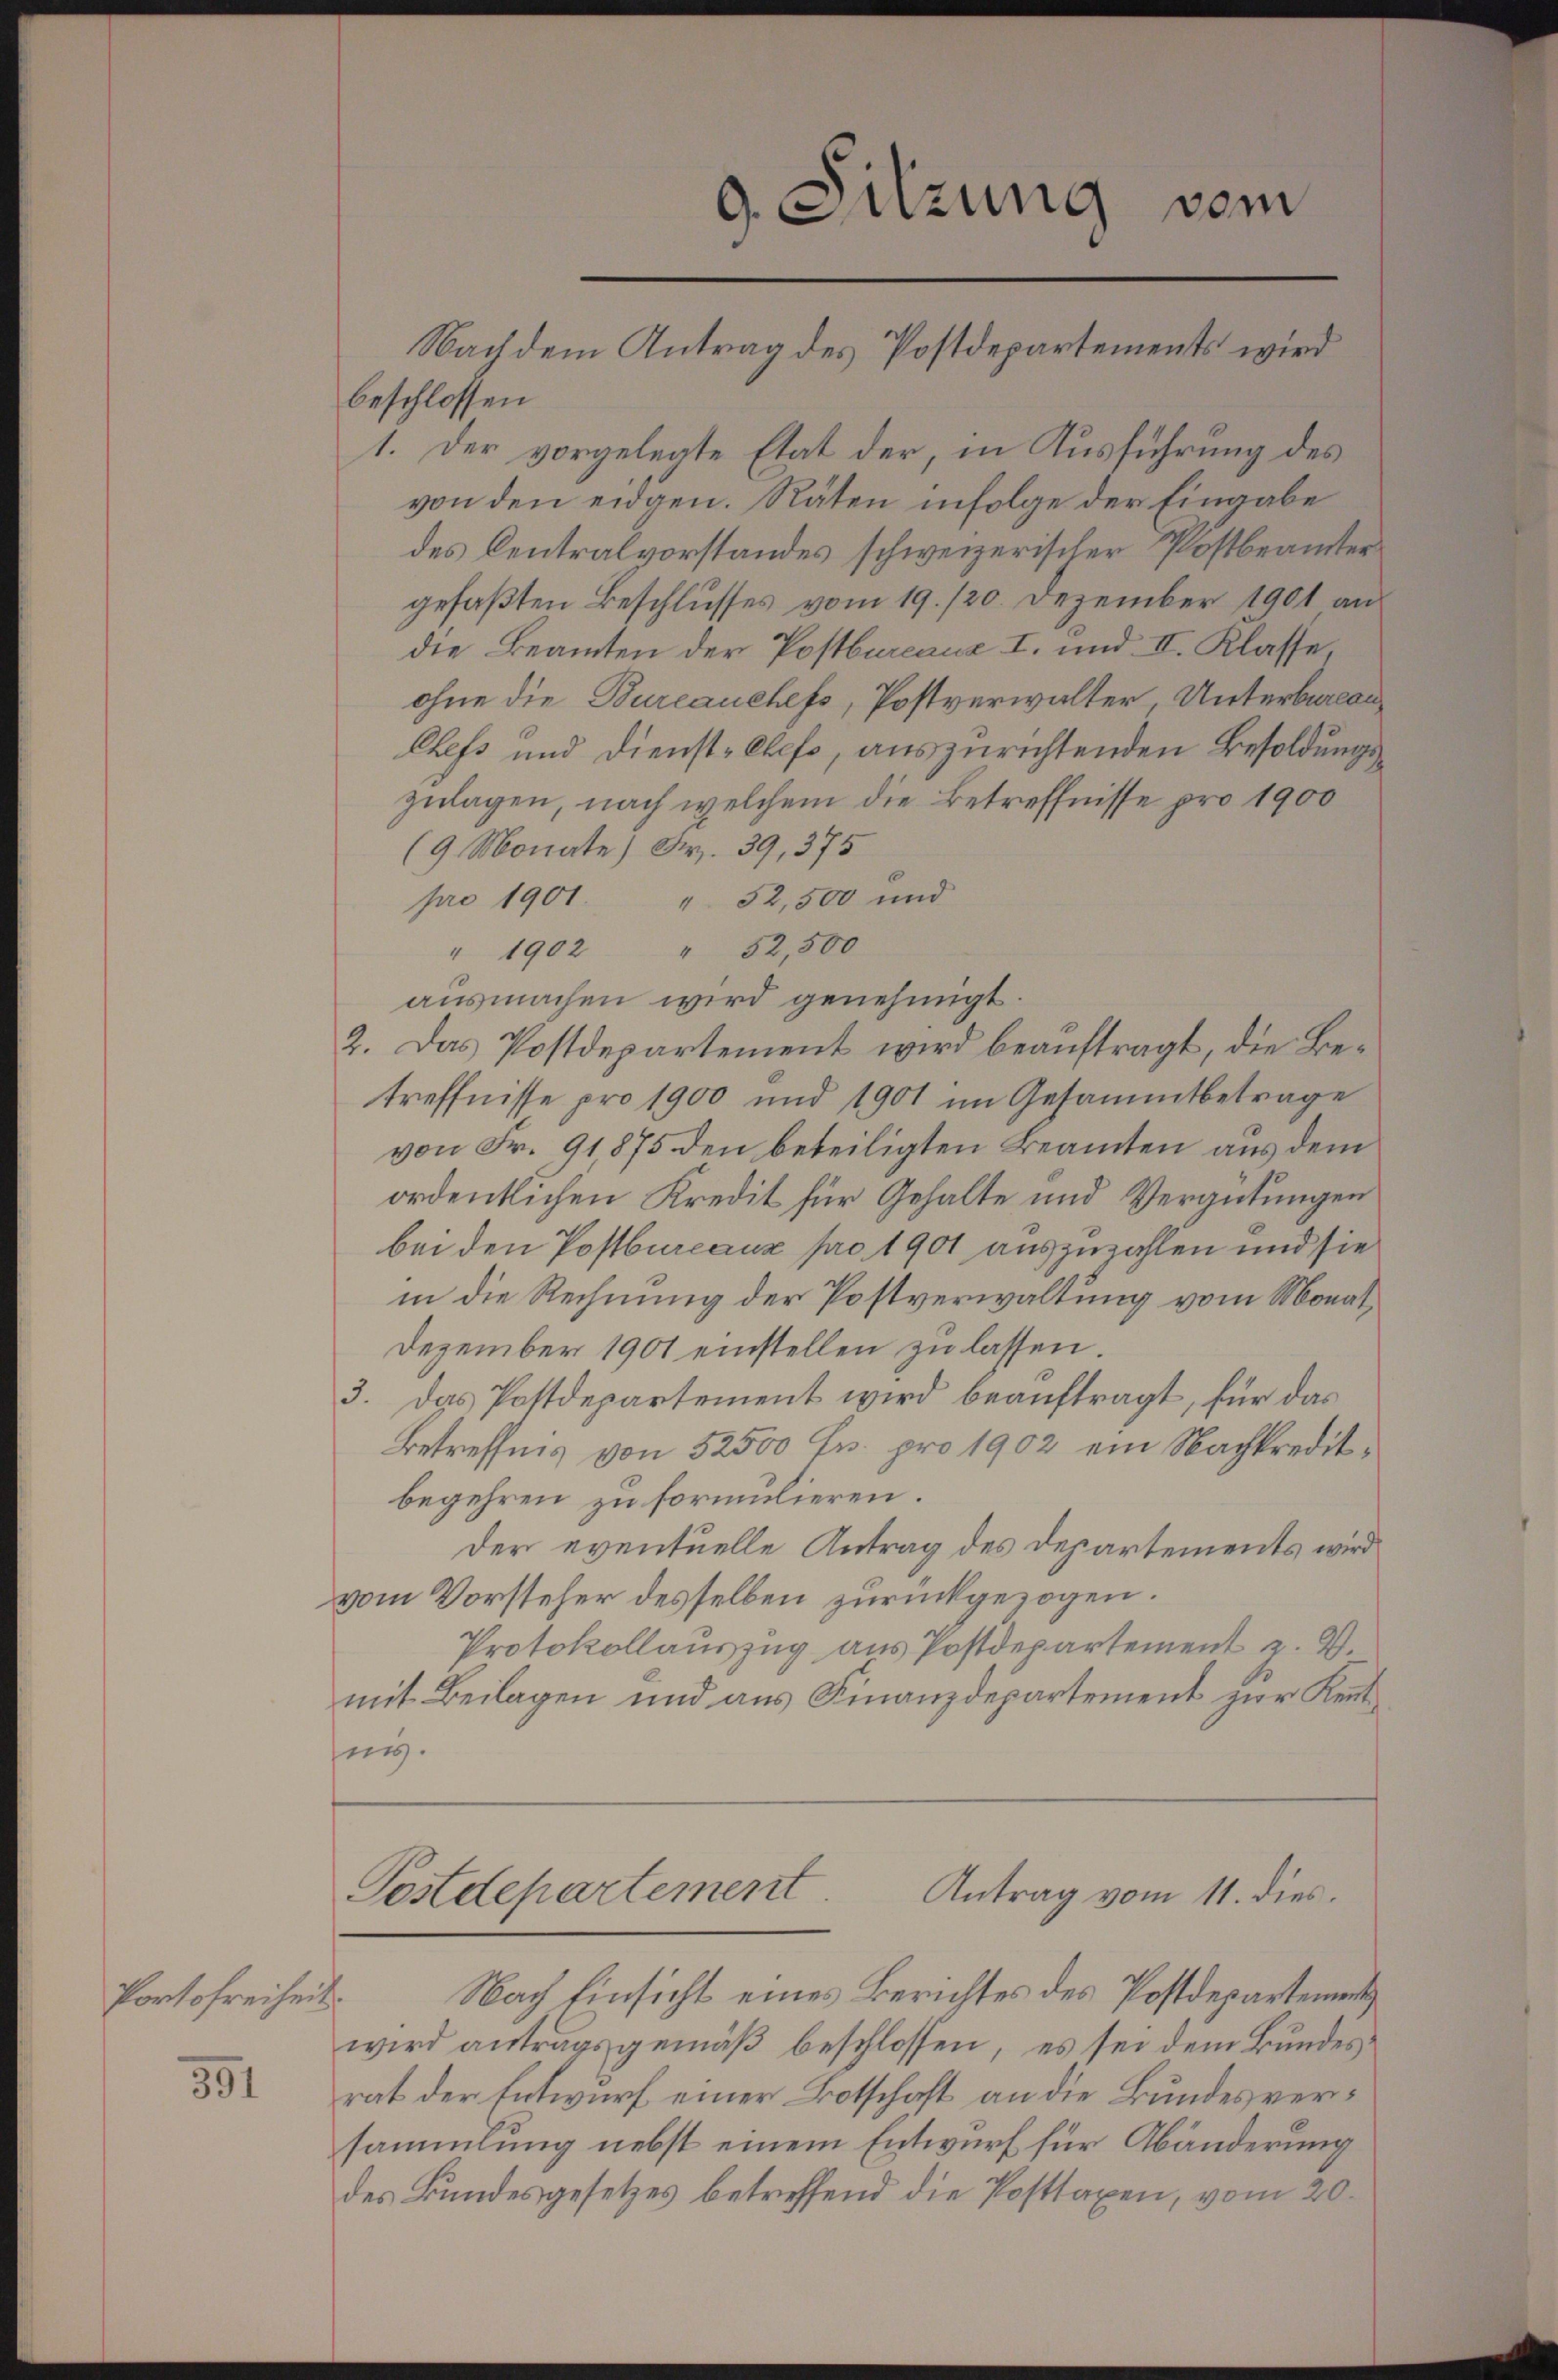
Portofreiheit.

391

9. Sitzung vom
Nach dem Antrag des Postdepartements wird

beschlossen
1. Der vorgelegte Etat der, in Ausführung des
von den eidgen. Räten infolge der Eingabe
des Centralvorstandes schweizerischer Postbeamter
gefaßten Beschlusses vom 19. /20. Dezember 1901 an
die Beamten der Postbureaux I. und II. Klasse
ohne die Bureauchefs, Postverwalter Unterburcan¬
Chefs und Dienst-Chefs, auszurichtenden Besoldungszulagen, nach welchem die Betreffnisse pro 1900
(9 Monate) Nr. 39, 375
pro 1901 " 52,500 und
" 1902 " 52,500
ausmachen wird genehmigt.
2. Das Postdepartement wird beauftragt, die Betreffnisse pro 1900 und 1901 im Gesammtbetrage
von Fr. 91875 den beteiligten Beamten aus dem
ordentlichen Kredit für Gehalte und Vergütungen
bei den Postbureaux pro 1901 auszuzahlen und sie
in die Rechnung der Postverwaltung vom Monat¬
Dezember 1901 einstellen zu lassen.
3. Das Postdepartement wird beauftragt, für das
Betreffnis von 52500 Fr. pro 1902 ein Nachkreditbegehren zu formulieren.
der eventuelle Antrag des Departements wird
vom Vorsteher desselben zurückgezogen.
Protokollauszug aus Postdepartement z. B.
mit Beilagen und aus Finanzdepartement zur Kenntnes.

Postdepartement Antrag vom 11. dies

Nach Einsicht eines Berichtes des Postdepartementwird antragsgemäß beschlossen, es sei dem Bundesrat der Entwurf einer Botschaft an die Bundesversammlung nebst einem Entwurf für Abänderung
des Bundesgesetzes betreffend die Posttaxen, vom 20.